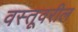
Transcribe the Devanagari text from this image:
वस्तूवरील